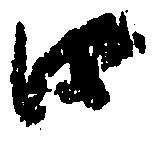
口